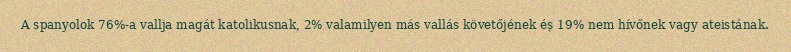
A spanyolok 76%-a vallja magát katolikusnak, 2% valamilyen más vallás követőjének és 19% nem hívőnek vagy ateistának.